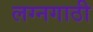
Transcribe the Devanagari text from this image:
लग्नगाठी